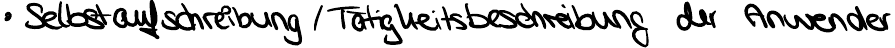
Selbstaufschreibung / Tätigkeitsbeschreibung der Anweder